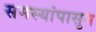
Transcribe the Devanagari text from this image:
समस्यांपासुन